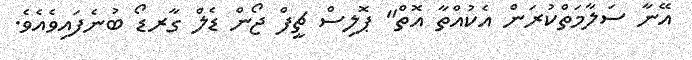
އޭނާ ސަލާމަތްކުރަން އެކުއްތާ އޮތް" ޕޮލިސް ޗީފް ޖޯން ޑެލް ގާރޑޯ ބުނެފައިވެއެވެ.